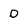
Character: D